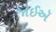
જોઈઍ